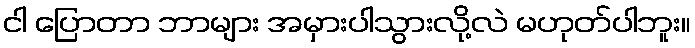
ငါ ပြောတာ ဘာများ အမှားပါသွားလို့လဲ မဟုတ်ပါဘူး။